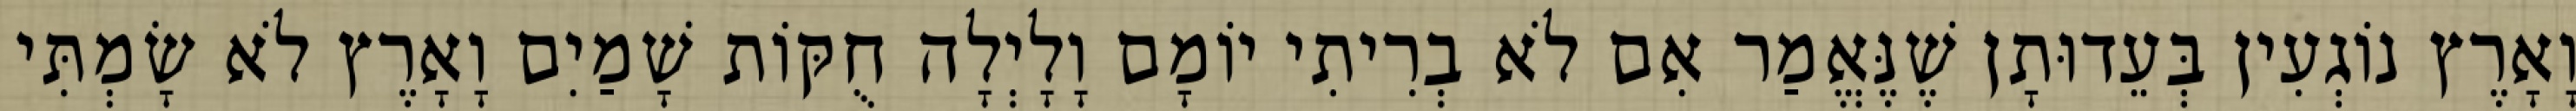
וָאָרֶץ נוֹגְעִין בְּעֵדוּתָן שֶׁנֶּאֱמַר אִם לֹא בְרִיתִי יוֹמָם וָלָיְלָה חֻקּוֹת שָׁמַיִם וָאָרֶץ לֹא שָׂמְתִּי